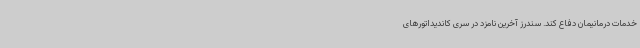
خدمات درمانیمان دفاع کند. سندرز آخرین نامزد در سری کاندیداتورهای